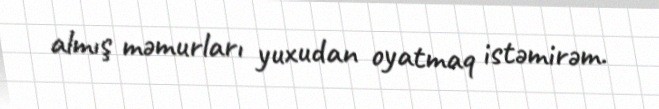
almış məmurları yuxudan oyatmaq istəmirəm.